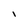
Character: l